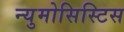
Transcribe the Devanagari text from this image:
न्युमोसिस्टिस